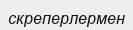
скреперлермен